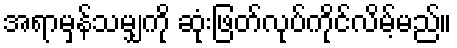
အရာမှန်သမျှကို ဆုံးဖြတ်လုပ်ကိုင်လိမ့်မည်။